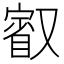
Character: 𭆷